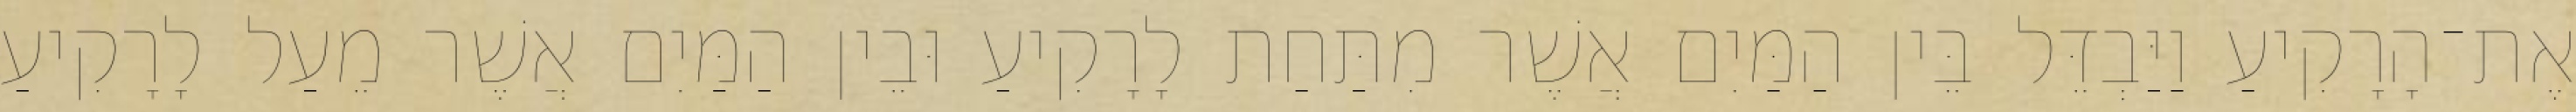
אֶת־הָרָקִיעַ וַיַּבְדֵּל בֵּין הַמַּיִם אֲשֶׁר מִתַּחַת לָרָקִיעַ וּבֵין הַמַּיִם אֲשֶׁר מֵעַל לָרָקִיעַ